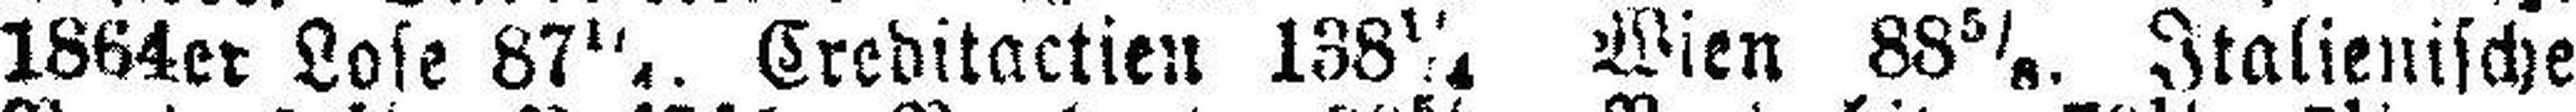
1864er Lose 87¼. Creditactien 138¼ Wien 88 5/8. Italienische